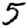
Digit: 5